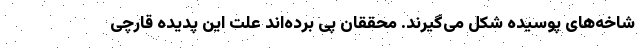
شاخه‌های پوسیده شکل می‌گیرند. محققان پی برده‌اند علت این پدیده قارچی